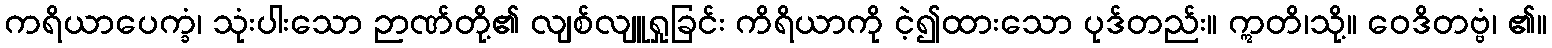
ကရိယာပေက္ခံ၊ သုံးပါးသော ဉာဏ်တို့၏ လျစ်လျူရှုခြင်း ကိရိယာကို ငဲ့၍ထားသော ပုဒ်တည်း။ ဣတိ၊သို့။ ဝေဒိတဗ္ဗံ၊ ၏။